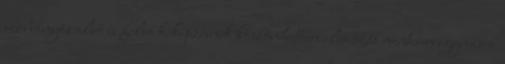
szabványos alsó és felső kiképzésnek köszönhetően elcsúszás mentesen egymásra